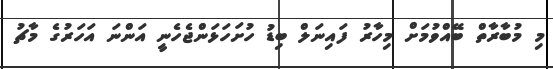
މި މުބާރާތް ބޭއްވުމަށް މިހާރު ފައިނަލް ބިޑު ހުށަހަޅަންޖެހެނީ އަންނަ އަހަރުގެ މާޗު